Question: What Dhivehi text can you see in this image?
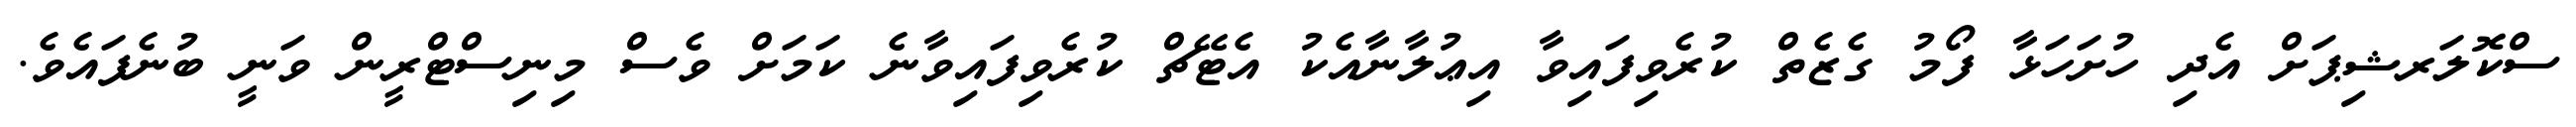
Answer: ސްކޮލަރޝިޕަށް އެދި ހުށަހަޅާ ފޯމު ގެޒެތް ކުރެވިފައިވާ އިޢުލާނާއެކު އެޓޭޗް ކުރެވިފައިވާނެ ކަމަށް ވެސް މިނިސްޓްރީން ވަނީ ބުނެފައެވެ.